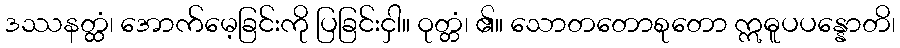
ဒဿနတ္ထံ၊ အောက်မေ့ခြင်းကို ပြခြင်းငှါ။ ဝုတ္တံ၊ ၏။ သောတတောစုတော ဣဓူပပန္နောတိ၊